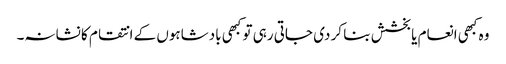
وہ کبھی انعام یا بخشش بنا کر دی جاتی رہی تو کبھی بادشاہوں کے انتقام کا نشانہ۔